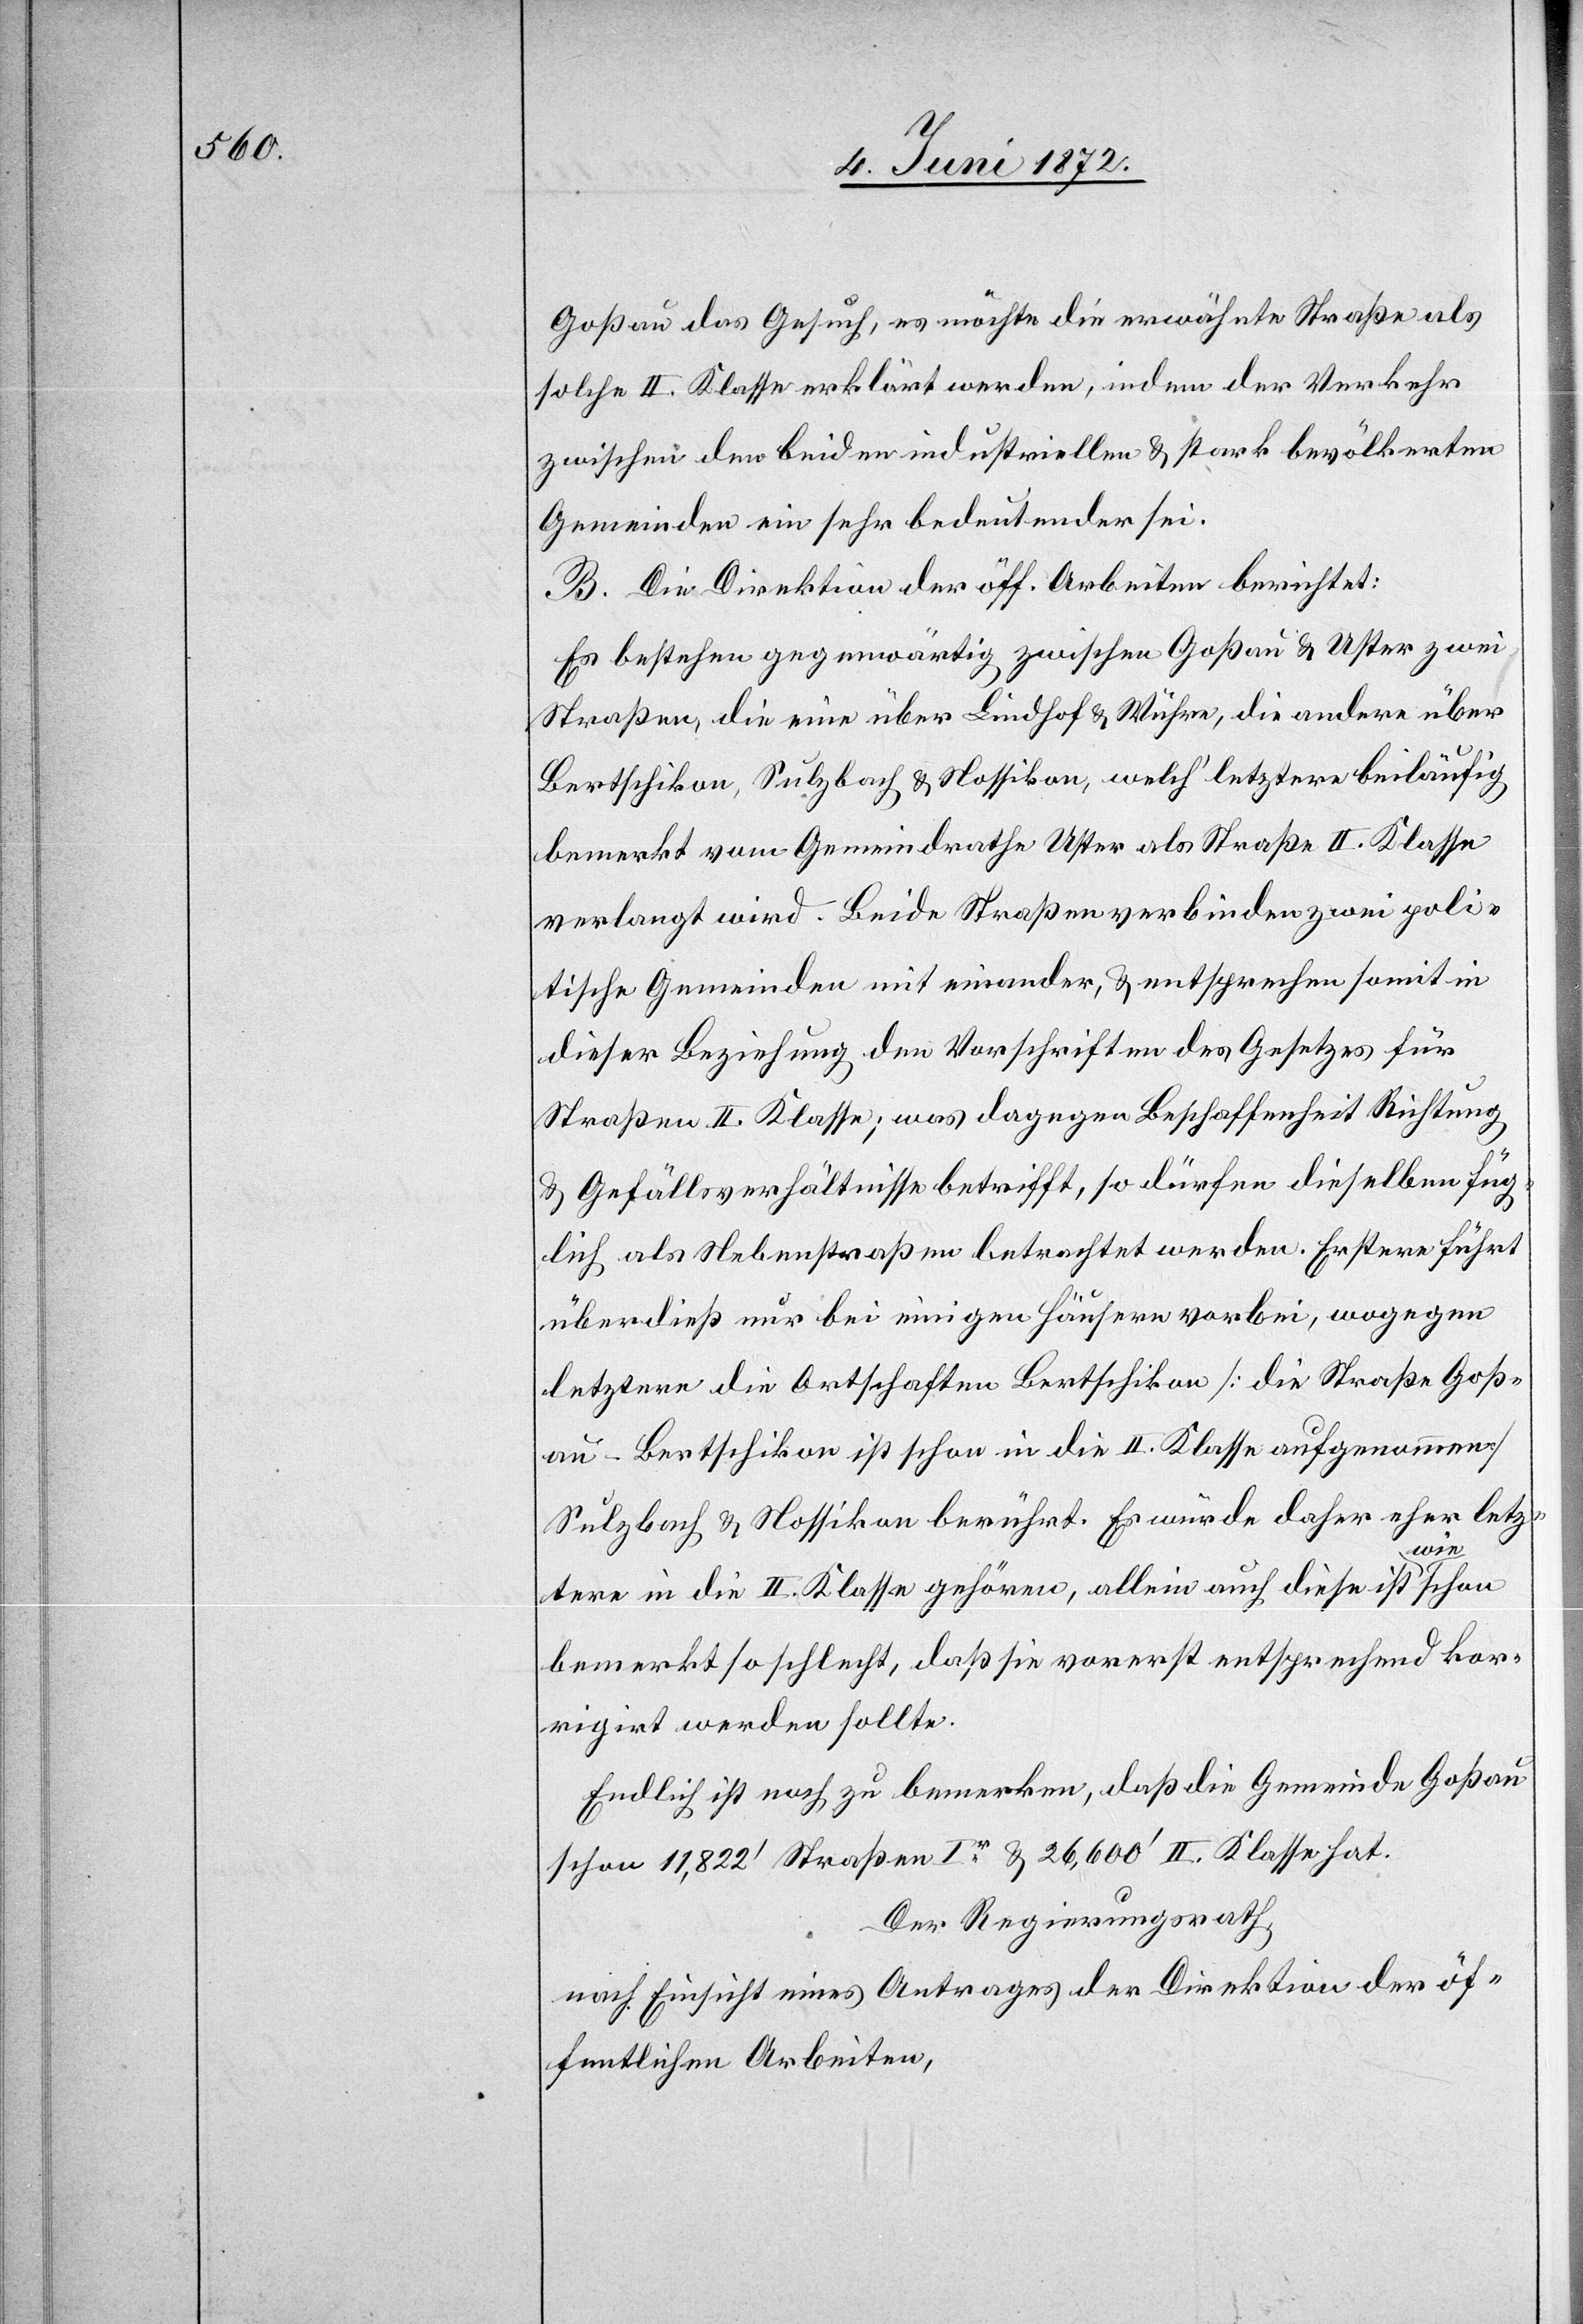
Goßau das Gesuch, es möchte erwähnte Straße als
solche II. Klasse erklärt werden, indem der Verkehr
zwischen den beiden industriellen u. stark bevölkerten
Gemeinden ein sehr bedeutender sei.
B. Die Direktion der öff. Arbeiten berichtet:
Es bestehen gegenwärtig zwischen Goßau u. Uster zwei
Straßen, die eine über Lindhof u. Wühre, die andere über
Bertschikon, Sulzbach u. Nossikon, welch’ letztere beiläufig
bemerkt vom Gemeindrathe Uster als Straße II. Klasse
verlangt wird. Beide Straßen verbinden zwei poli¬
tische Gemeinden mit einander, u. entsprechen somit in
dieser Beziehung den Vorschriften des Gesetzes für
Straßen II. Klasse; was dagegen Beschaffenheit[,] Richtung
u. Gefällsverhältnisse betrifft, so dürfen dieselben füg¬
lich als Nebenstraßen betrachtet werden. Erstere führt
überdieß nur bei einigen Häusern vorbei, wogegen
letztere die Ortschaften Bertschikon [die Straße Goß¬
au–Bertschikon ist schon in die II. Klasse aufgenommen]
Sulzbach u. Nossikon berührt. Es würde daher eher letz¬
tere in die II. Klasse gehören, allein auch diese ist wie schon
bemerkt so schlecht, daß sie vorerst entsprechend kor¬
rigirt werden sollte.
Endlich ist noch zu bemerken, daß die Gemeinde Goßau
schon 11,822’ Straßen Ier u. 26,600’ II. Klasse hat.
Der Regierungsrath,
nach Einsicht eines Antrages der Direktion der öf¬
fentlichen Arbeiten,